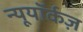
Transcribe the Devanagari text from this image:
न्यूयॉर्कज़